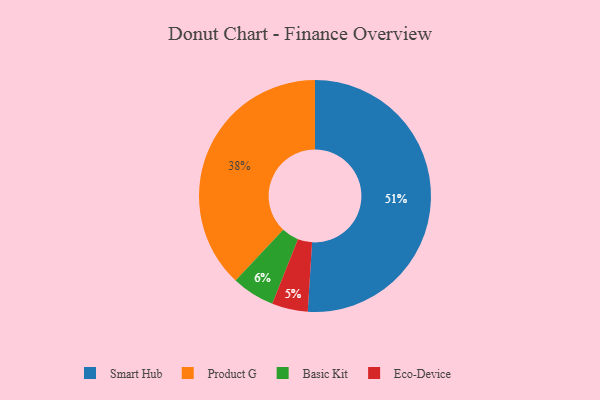
{"axis": {"x": "Category", "y": "Percentage"}, "legend": ["Basic Kit", "Eco-Device", "Product G", "Smart Hub"], "data": [{"x": "Eco-Device", "y": 5, "type": "Eco-Device"}, {"x": "Product G", "y": 38, "type": "Product G"}, {"x": "Smart Hub", "y": 51, "type": "Smart Hub"}, {"x": "Basic Kit", "y": 6, "type": "Basic Kit"}]}